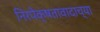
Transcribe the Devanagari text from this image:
निरपेक्षतावादाच्या